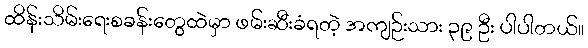
ထိန်းသိမ်းရေးစခန်းတွေထဲမှာ ဖမ်းဆီးခံရတဲ့ အကျဉ်းသား ၃၉ ဦး ပါပါတယ်။